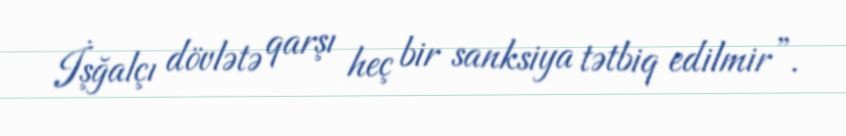
İşğalçı dövlətə qarşı heç bir sanksiya tətbiq edilmir”.